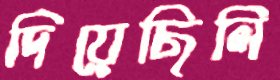
দিয়েছিলি